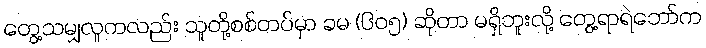
တွေ့သမျှလူကလည်း သူတို့စစ်တပ်မှာ ခမ (၆၀၅) ဆိုတာ မရှိဘူးလို့ တွေ့ရာရဲဘော်က